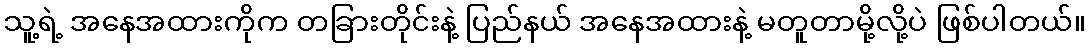
သူ့ရဲ့ အနေအထားကိုက တခြားတိုင်းနဲ့ ပြည်နယ် အနေအထားနဲ့ မတူတာမို့လို့ပဲ ဖြစ်ပါတယ်။